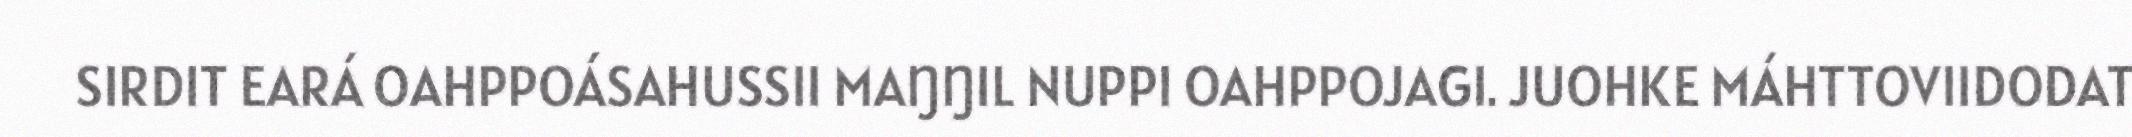
SIRDIT EARÁ OAHPPOÁSAHUSSII MAŊŊIL NUPPI OAHPPOJAGI. JUOHKE MÁHTTOVIIDODAT